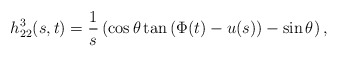
\begin{align*}h_{22}^3(s,t)=\frac{1}{s}\left( \cos \theta \tan \left(\Phi (t)-u(s)\right)-\sin \theta \right), \end{align*}